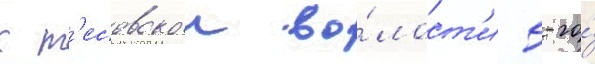
к т'есовскои во́лост'и 5-го́